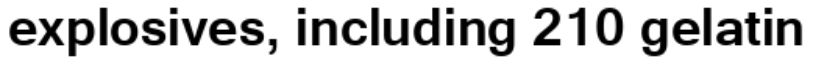
explosives, including 210 gelatin